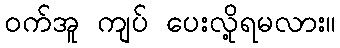
ဝက်အူ ကျပ် ပေးလို့ရမလား။